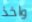
واخذ